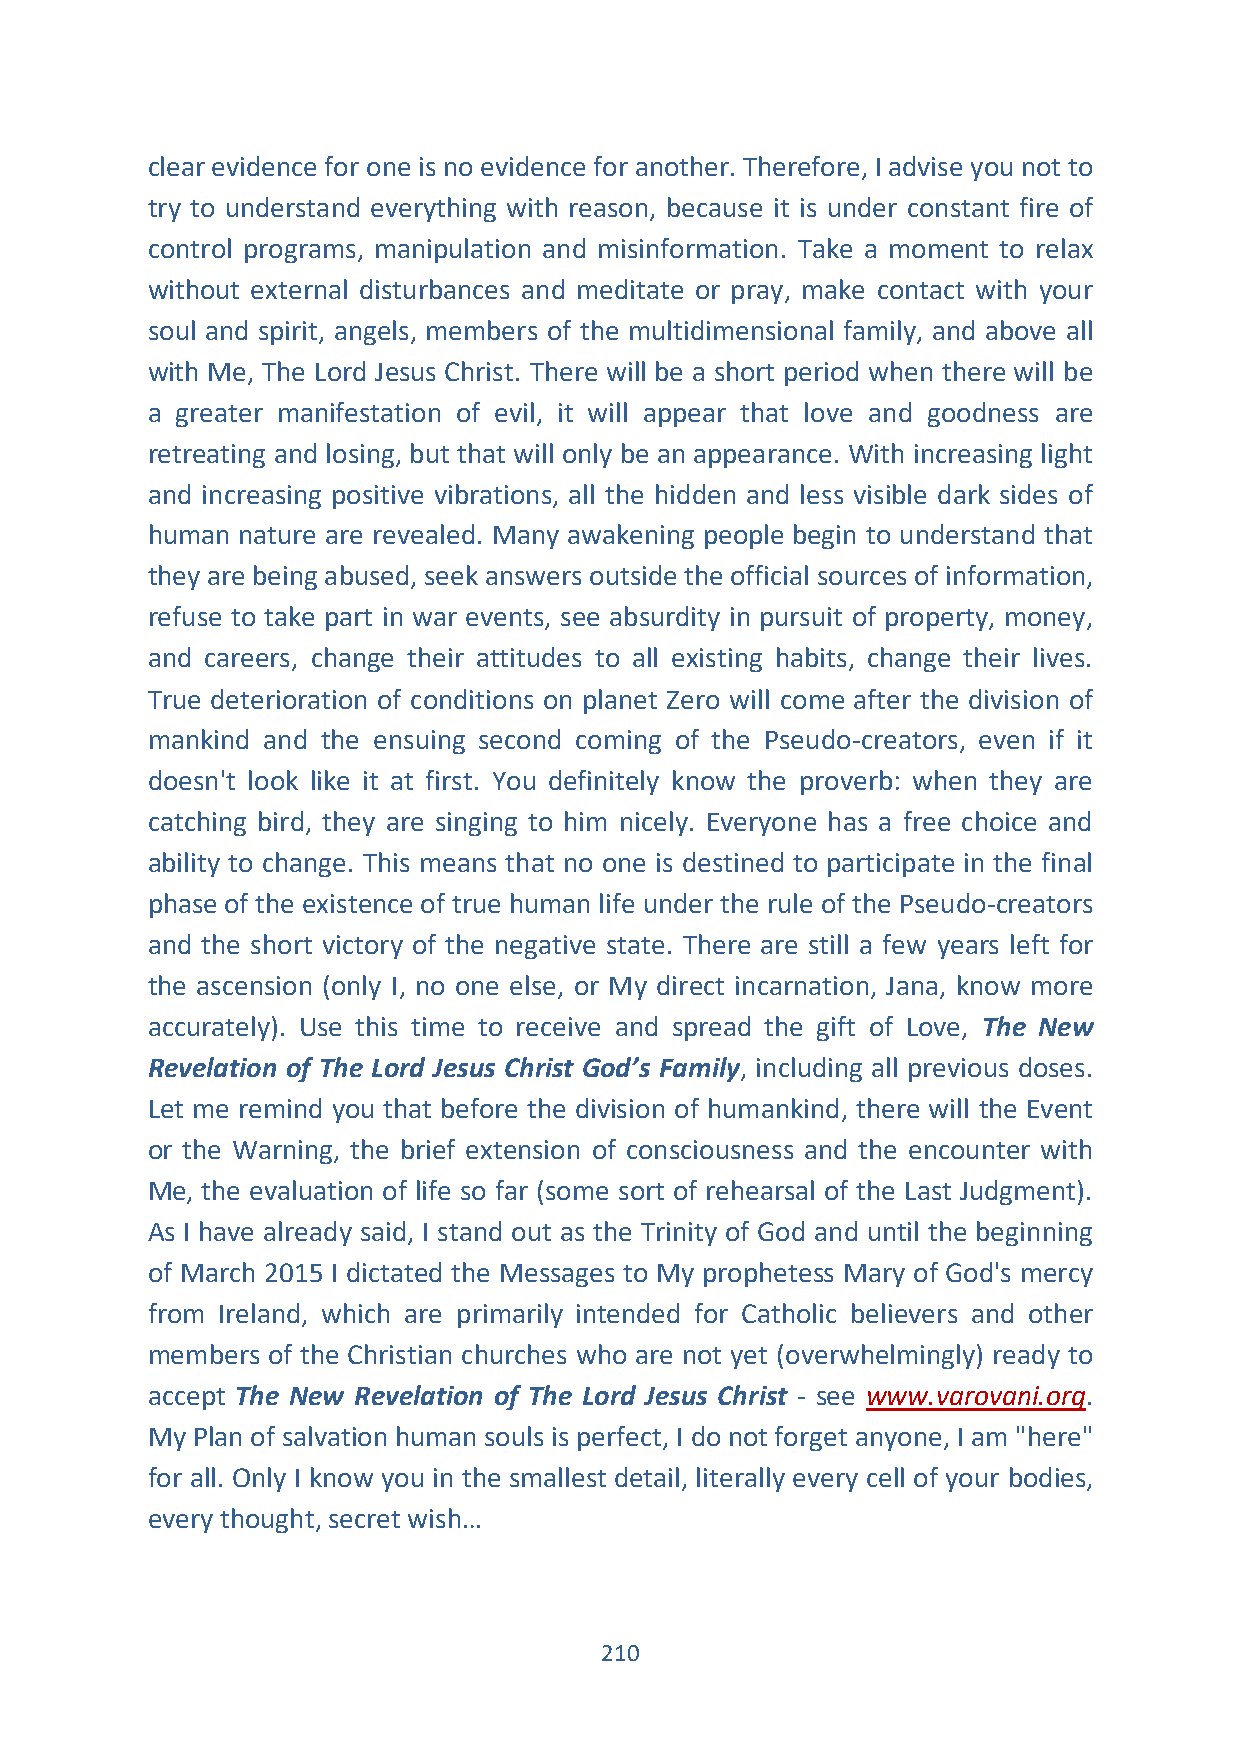
clear evidence for one is no evidence for another. Therefore, I advise you not to
 try to understand everything with reason, because it is under constant fire of
 control programs, manipulation and misinformation. Take a moment to relax
 without external disturbances and meditate or pray, make contact with your
 soul and spirit, angels, members of the multidimensional family, and above all
 with Me, The Lord Jesus Christ. There will be a short period when there will be
 a greater manifestation of evil, it will appear that love and goodness are
 retreating and losing, but that will only be an appearance. With increasing light
 and increasing positive vibrations, all the hidden and less visible dark sides of
 human nature are revealed. Many awakening people begin to understand that
 they are being abused, seek answers outside the official sources of information,
 refuse to take part in war events, see absurdity in pursuit of property, money,
 and careers, change their attitudes to all existing habits, change their lives.
 True deterioration of conditions on planet Zero will come after the division of
 mankind and the ensuing second coming of the Pseudo-creators, even if it
 doesn't look like it at first. You definitely know the proverb: when they are
 catching bird, they are singing to him nicely. Everyone has a free choice and
 ability to change. This means that no one is destined to participate in the final
 phase of the existence of true human life under the rule of the Pseudo-creators
 and the short victory of the negative state. There are still a few years left for
 the ascension (only I, no one else, or My direct incarnation, Jana, know more
 accurately). Use this time to receive and spread the gift of Love, The New
 Revelation of The Lord Jesus Christ God’s Family, including all previous doses.
 Let me remind you that before the division of humankind, there will the Event
 or the Warning, the brief extension of consciousness and the encounter with
 Me, the evaluation of life so far (some sort of rehearsal of the Last Judgment).
 As I have already said, I stand out as the Trinity of God and until the beginning
 of March 2015 I dictated the Messages to My prophetess Mary of God's mercy
 from Ireland, which are primarily intended for Catholic believers and other
 members of the Christian churches who are not yet (overwhelmingly) ready to
 accept The New Revelation of The Lord Jesus Christ - see www.varovani.org.
 My Plan of salvation human souls is perfect, I do not forget anyone, I am "here"
 for all. Only I know you in the smallest detail, literally every cell of your bodies,
 every thought, secret wish…
 210